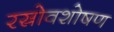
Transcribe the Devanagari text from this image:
रस्रोवशोषण